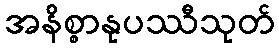
အနိစ္စာနုပဿီသုတ်